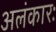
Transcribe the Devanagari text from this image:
अलंकारः